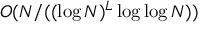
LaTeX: O ( N / ( ( \log N ) ^ { L } \log \log N ) )